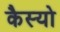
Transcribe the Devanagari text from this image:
कैस्‍यो